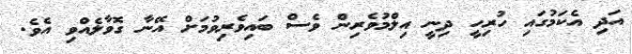
އަދި އެކަމުގައި ހުރިހީ ދިނީ އިލްމުވެރިން ވެސް ބައިވެރިވުމަށް އޭނާ ގޮވާލެއްވި އެވެ.